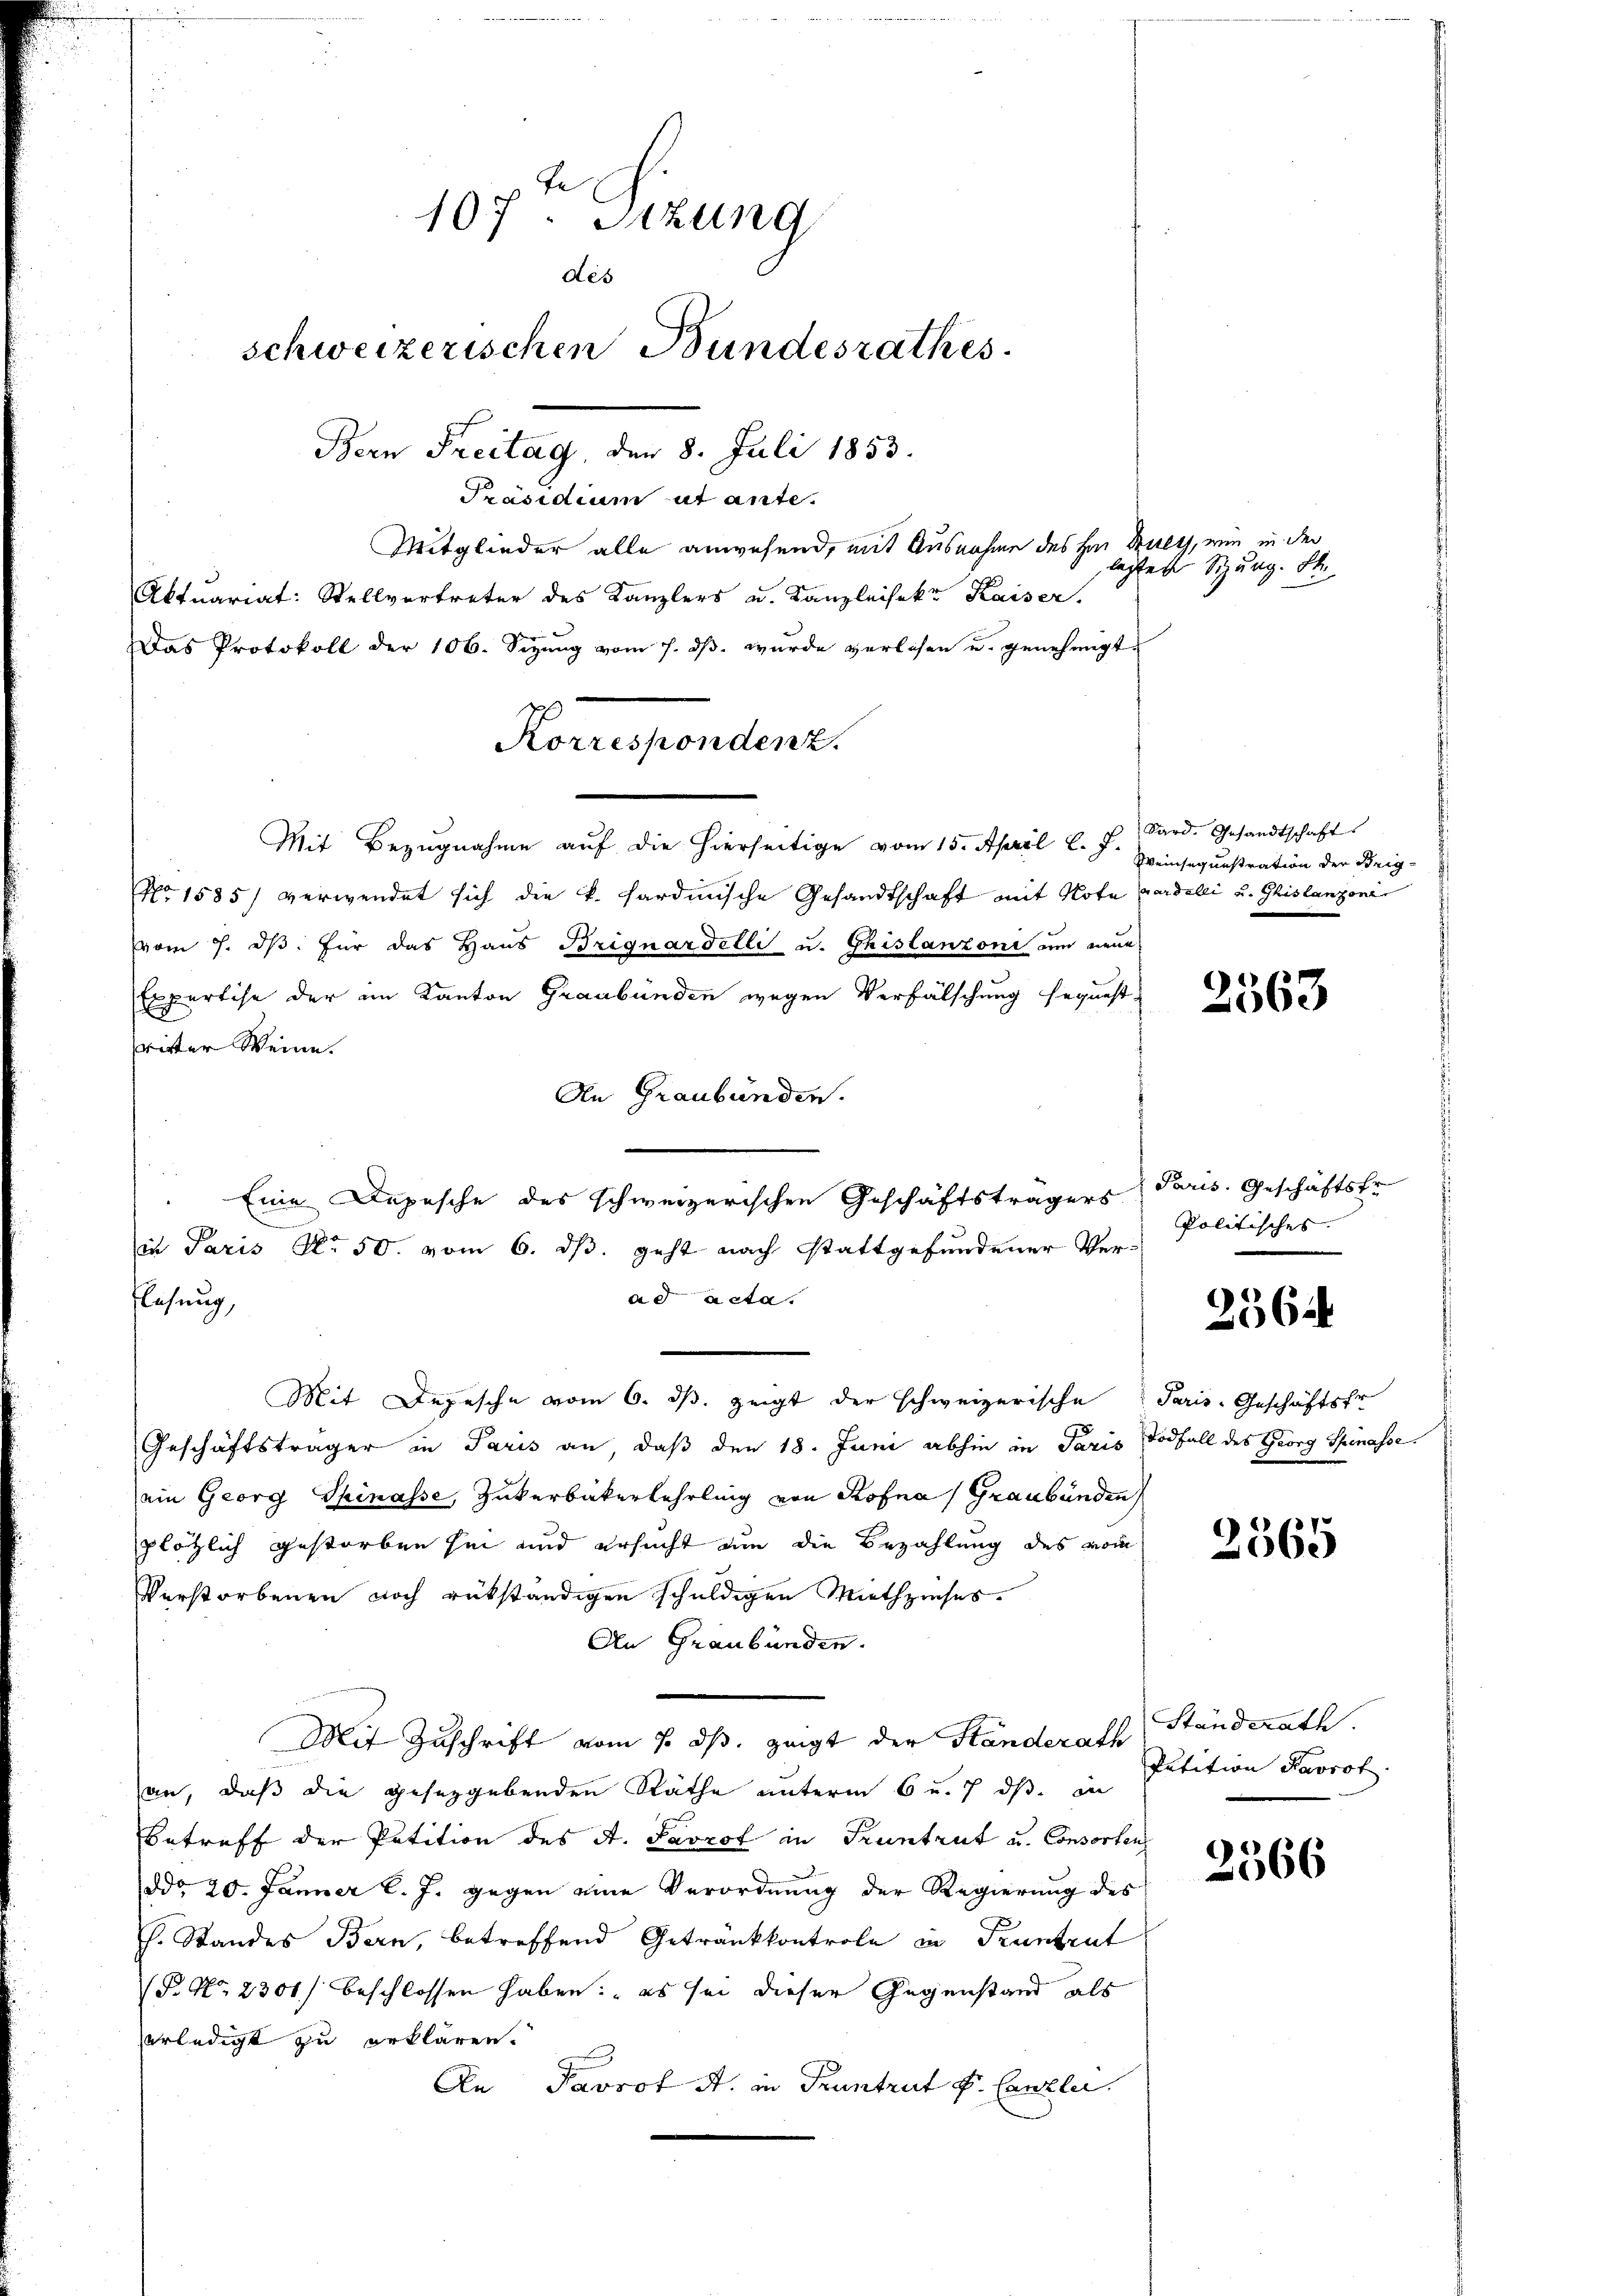
107ten Sitzung
des
schweizerischen Bundesrathes.
Bern Freitag, den 8. Juli 1853.

Präsidium ut ante.
Mitglieder alle anwesend, mit Ausnahme des Hrn. Ruegg, wie in der
Aktuariat: Stellvertreter des Kanzlers u. Kanzleisekt Kaiser,
Das Protokoll der 106. Sizung vom 7. dβ. wurde verlesen u. genehmigt.
Mit Bezŭgnahme aŭf die hierseitige vom 15. April l. J. Sard. Gesandtschaft
No 1585) verwendet sich die k. Sardinische Gesandtschaft mit Note Gardelli u. Ghislanzoni
vom 7. dβ. Für das Haus Briguardelli u. Ghistanzoni um neue
Expertise der im Kanton Graubünden wegen Verfälschung sequest-
rirter Weine.
An Graubünden.
Eine Depesche des schweizerischen Geschäftsträgers
in Paris No 50. vom 6. ds. geht nach stattgefundener Verad acta.
lesung,
Mit Depesche vom 6. ds. zeigt der schweizerische Paris-Geschäftsfr
Geschäftsträger in Paris an, daß den 18. Juni abhin in Paris Todfall des Georg Spinasse
ein Georg Spinasse, Zuckerbäkerlehrling von Kofna (Graubünden
plötzlich gestorben sei und ersucht an die Bezahlung des vom
Verstorbenen noch rükständigen schuldigen Miethziehes.
An Graubünden.
Mit Zuschrift vom 1. ds. zeigt der Ständerath Ständerath
an, daß die gesetzgebenden Räthe unterm 6 u. 7. ds. in
Betreff der Petition des A. Favrof in Pruntrut u. Consorten
ddo 20. Jänner l. J. gegen eine Verordnung der Regierung des
h. Standes Bern, betreffend Getränkkontrole in Pruntrut
(P. Nr. 2301) beschlossen haben: „es sei dieser Gegenstand als
erledigt zu erklären.
An Pavrot A. in Pruntrut f. Canzler.

Korrespondenz.

legten Sitzung. St.

Weinsegunstration der Brig¬

2563

Paris. Geschäftstr
Politisches.

2364

2565

Petition Pavrot.

2366